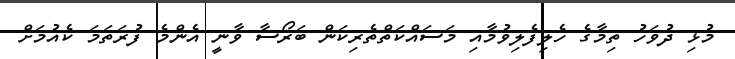
މުޅި ދުވަހު ތިމާގެ ހެލިފެލިވުމާއި މަސައްކަތްތެރިކަން ބަރޯސާ ވާނީ އެންމެ ފުރަތަމަ ކެއުމަށް